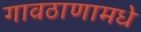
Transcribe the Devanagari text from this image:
गावठाणामधे